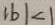
\vert b \vert < 1